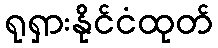
ရုရှားနိုင်ငံထုတ်